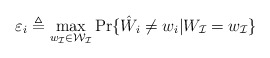
\begin{align*}\varepsilon_i \triangleq \max_{w_\mathcal{I}\in\mathcal{W}_\mathcal{I}}\Pr\{\hat W_i \ne w_i|W_\mathcal{I}=w_\mathcal{I}\}\end{align*}